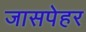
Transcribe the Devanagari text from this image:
जासपेहर